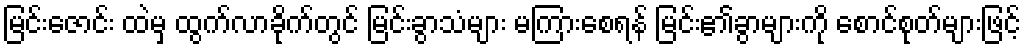
မြင်းဇောင်း ထဲမှ ထွက်လာခိုက်တွင် မြင်းခွာသံများ မကြားစေရန် မြင်း၏ခွာများကို စောင်စုတ်များဖြင့်